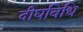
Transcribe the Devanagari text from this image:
दीघविधि